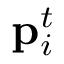
\mathbf { p } _ { i } ^ { t }